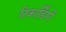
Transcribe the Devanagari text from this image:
रिकार्डिंगों